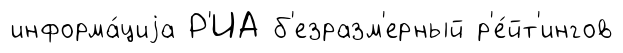
информа́циjа Р'ИА б'езразм'ерный р'е́йт'ингов